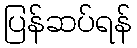
ပြန်ဆပ်ရန်